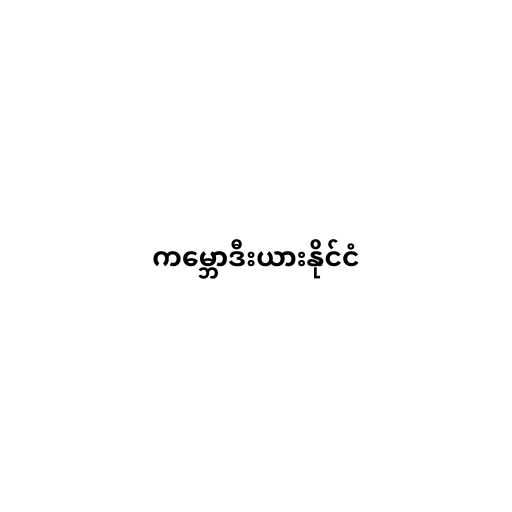
ကမ္ဘောဒီးယားနိုင်ငံ